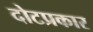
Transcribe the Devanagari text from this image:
दोटप्रकार